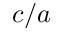
c / a